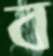
ব